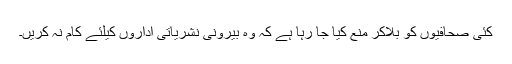
کئی صحافیوں کو بلاکر منع کیا جا رہا ہے کہ وہ بیرونی نشریاتی اداروں کیلئے کام نہ کریں۔